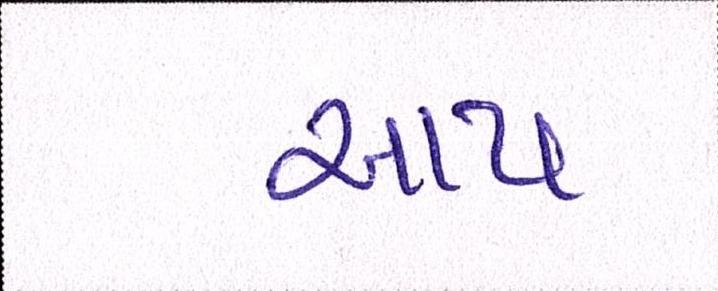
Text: આપ